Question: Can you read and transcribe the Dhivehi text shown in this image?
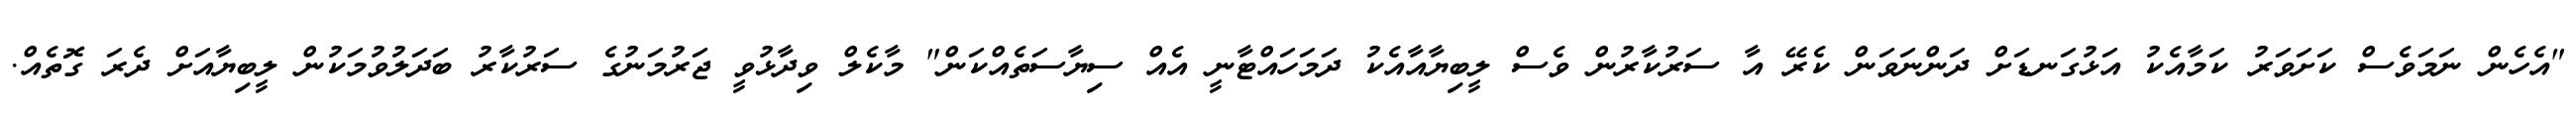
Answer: "އެހެން ނަމަވެސް ކަށަވަރު ކަމާއެކު އަޅުގަނޑަށް ދަންނަވަން ކެރޭ އާ ސަރުކާރުން ވެސް ލީބިޔާއާއެކު ދަމަހައްޓާނީ އެއް ސިޔާސަތެއްކަން" މާކެލް ވިދާޅުވީ ޖަރުމަނުގެ ސަރުކާރު ބަދަލުވުމަކުން ލީބިޔާއަށް ދެރަ ގޮތެއް.